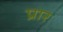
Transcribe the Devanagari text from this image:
प्रार